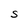
Character: S